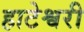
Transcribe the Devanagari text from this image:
हाटेश्वरी